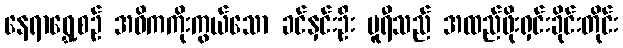
နေရာရွှေ့စဉ် အဓိကကိုးကွယ်သော ခင်နှင်းဦး ပူရီသည် အထည်ဖိုးရှင်းခိုင်းတိုင်း